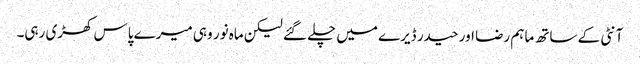
آنٹی کے ساتھ ماہم رضا اور حیدر ڈیرے میں چلے گئے لیکن ماہ نور وہی میرے پاس کھڑی رہی۔